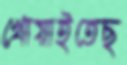
খোয়াইতেছ